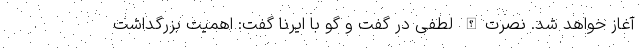
آغاز خواهد شد. نصرت‌الله لطفی در گفت و گو با ایرنا گفت: اهمیت بزرگداشت